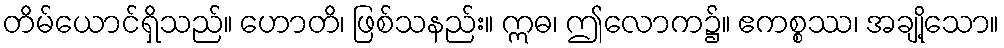
တိမ်ယောင်ရှိသည်။ ဟောတိ၊ ဖြစ်သနည်း။ ဣဓ၊ ဤလောက၌။ ဧကစ္စဿ၊ အချို့သော။